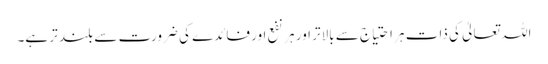
اللہ تعالیٰ کی ذات ہر احتیاج سے بالاتر اور ہر نفع اور فائدے کی ضرورت سے بلند تر ہے۔